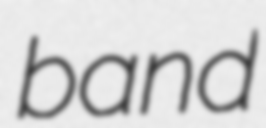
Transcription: band